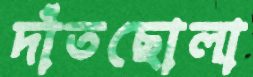
দাঁতছোলা